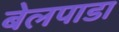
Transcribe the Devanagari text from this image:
बेलपाडा